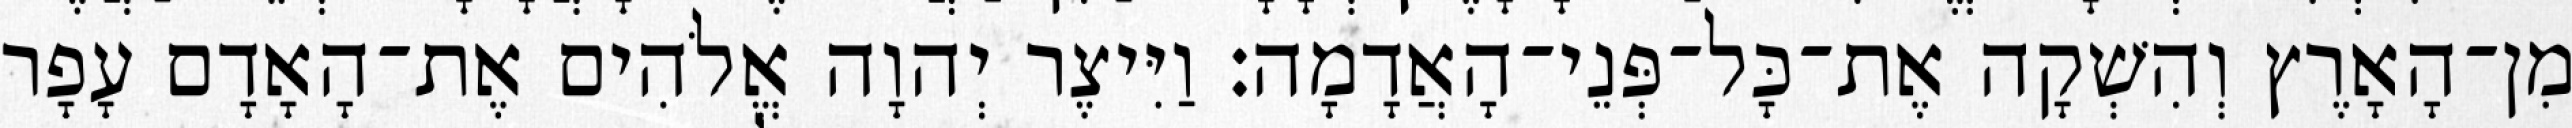
מִן־הָאָרֶץ וְהִשְׁקָה אֶת־כָּל־פְּנֵי־הָאֲדָמָה׃ וַיִּיצֶר יְהוָה אֱלֹהִים אֶת־הָאָדָם עָפָר